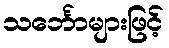
သင်္ဘောများဖြင့်